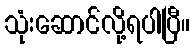
သုံးဆောင်လို့ရပါပြီ။